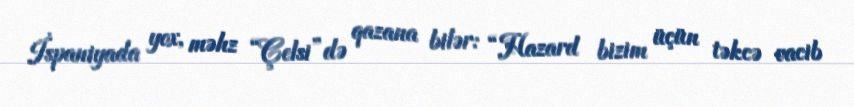
İspaniyada yox, məhz “Çelsi”də qazana bilər: “Hazard bizim üçün təkcə vacib